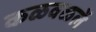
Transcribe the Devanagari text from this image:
कळवळलें